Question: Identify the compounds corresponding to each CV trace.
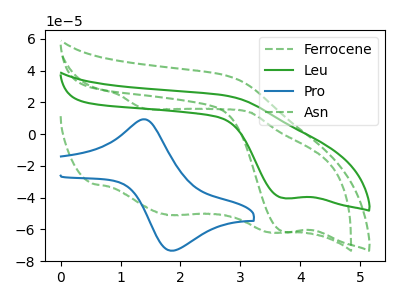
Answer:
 <answer>The green dashed curve is labeled "Ferrocene". The green curve is labeled "Leu". The blue curve is labeled "Pro". The green dashed curve is labeled "Asn".</answer>
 <eval></eval>